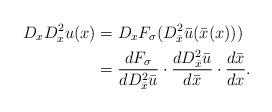
LaTeX: \begin{align*}D_{x}D_{x}^{2}u(x) & =D_{x}F_{\sigma}(D_{\bar{x}}^{2}\bar{u}(\bar{x}(x)))\\& =\frac{dF_{\sigma}}{dD_{\bar{x}}^{2}\bar{u}}\cdot\frac{dD_{\bar{x}}^{2}\bar{u}}{d\bar{x}}\cdot\frac{d\bar{x}}{dx}.\end{align*}